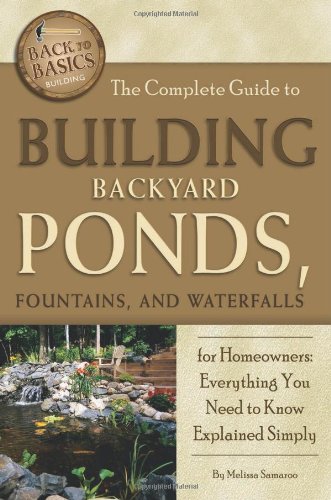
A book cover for The Complete Guide to Building Backyard Ponds, Fountains, and Waterfalls for Homeowners: Everything You Need to Know Explained Simply (Back to Basics); Melissa Samaroo; Science & Math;